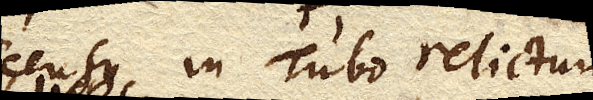
descensu in Tubo relictum